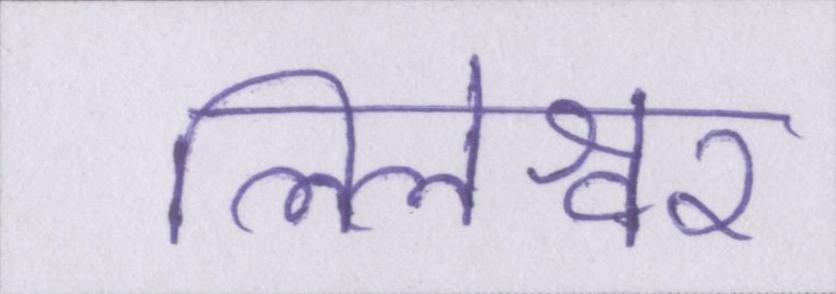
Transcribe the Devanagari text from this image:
लिलेश्वर